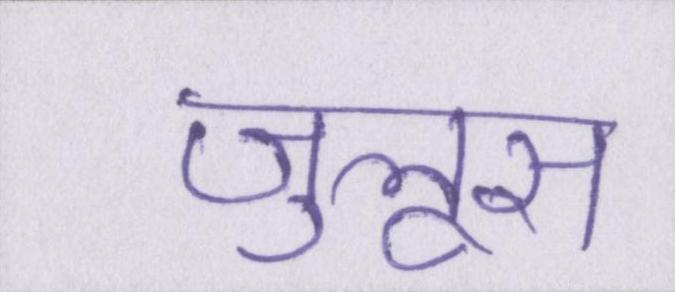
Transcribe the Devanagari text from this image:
जुलूस